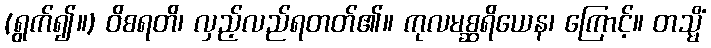
(ရွက်၍။) ဝိစရတိ၊ လှည့်လည်ရတတ်၏။ ကုလမစ္ဆရိယေန၊ ကြောင့်။ တသ္မိံ